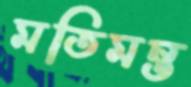
মতিমন্ত